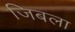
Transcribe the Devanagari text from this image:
जिबला